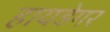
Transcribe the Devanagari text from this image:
हायडेगर